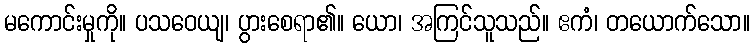
မကောင်းမှုကို။ ပသဝေယျ၊ ပွားစေရာ၏။ ယော၊ အကြင်သူသည်။ ဧကံ၊ တယောက်သော။